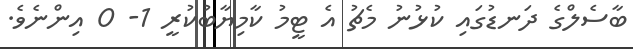
ބާސެލްގެ ދަނޑުގައި ކުޅުނު މެޗު އެ ޓީމު ކާމިޔާބުކުރީ 1- 0 އިންނެވެ.